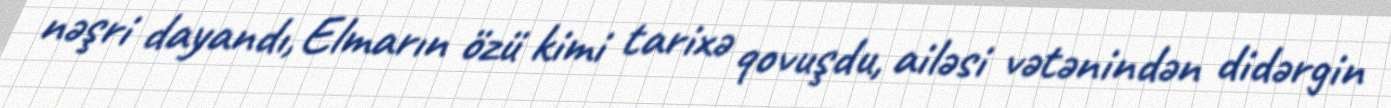
nəşri dayandı, Elmarın özü kimi tarixə qovuşdu, ailəsi vətənindən didərgin